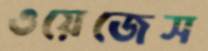
ওয়েজেস